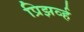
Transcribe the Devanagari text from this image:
प्रिझर्व्ह